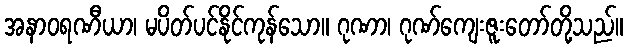
အနာဝရဏီယာ၊ မပိတ်ပင်နိုင်ကုန်သော။ ဂုဏာ၊ ဂုဏ်ကျေးဇူးတော်တို့သည်။